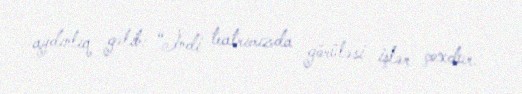
aydınlıq gəlib: “İndi teatrımızda görüləsi işlər çoxdur.